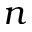
n